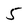
Character: 5